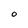
Character: O